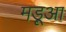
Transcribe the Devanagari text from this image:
मड़ूआ